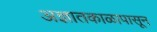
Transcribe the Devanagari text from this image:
अज्ञातकाळापासून